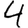
Digit: 4